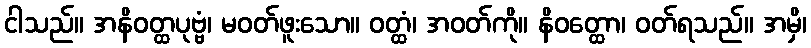
ငါသည်။ အနိဝတ္ထပုဗ္ဗံ၊ မဝတ်ဖူးသော။ ဝတ္ထံ၊ အဝတ်ကို။ နိဝတ္ထော၊ ဝတ်ရသည်။ အမှိ၊